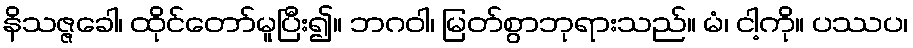
နိသဇ္ဇခေါ၊ ထိုင်တော်မူပြီး၍။ ဘဂဝါ၊ မြတ်စွာဘုရားသည်။ မံ၊ ငါ့ကို။ ပဿပ၊